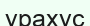
урахус